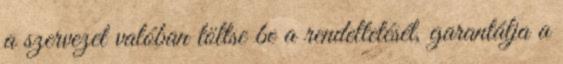
a szervezet valóban töltse be a rendeltetését, garantálja a